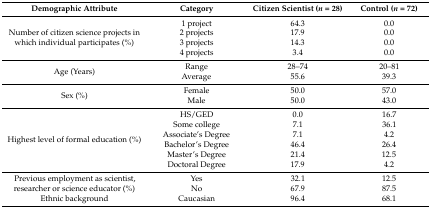
<table><thead><tr><td><b>Demographic Attribute</b></td><td><b>Category</b></td><td><b>Citizen Scientist (<i>n</i> = 28)</b></td><td><b>Control (<i>n</i> = 72)</b></td></tr></thead><tbody><tr><td>Number of citizen science projects in which individual participates (%)</td><td>1 project2 projects3 projects4 projects</td><td>64.317.914.33.4</td><td>0.00.00.00.0</td></tr><tr><td>Age (Years)</td><td>RangeAverage</td><td>28–7455.6</td><td>20–8139.3</td></tr><tr><td>Sex (%)</td><td>FemaleMale</td><td>50.050.0</td><td>57.043.0</td></tr><tr><td>Highest level of formal education (%)</td><td>HS/GEDSome collegeAssociate’s DegreeBachelor’s DegreeMaster’s DegreeDoctoral Degree</td><td>0.07.17.146.421.417.9</td><td>16.736.14.226.412.54.2</td></tr><tr><td>Previous employment as scientist, researcher or science educator (%)</td><td>YesNo</td><td>32.167.9</td><td>12.587.5</td></tr><tr><td>Ethnic background</td><td>Caucasian</td><td>96.4</td><td>68.1</td></tr></tbody></table>